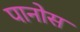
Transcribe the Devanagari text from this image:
पानोस